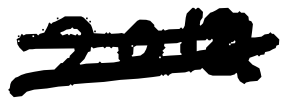
Text: 2018.
Cross-out: double-line
Writing tool: digital_black